Seli_vallavalitsus_Parnumaal, lk 27
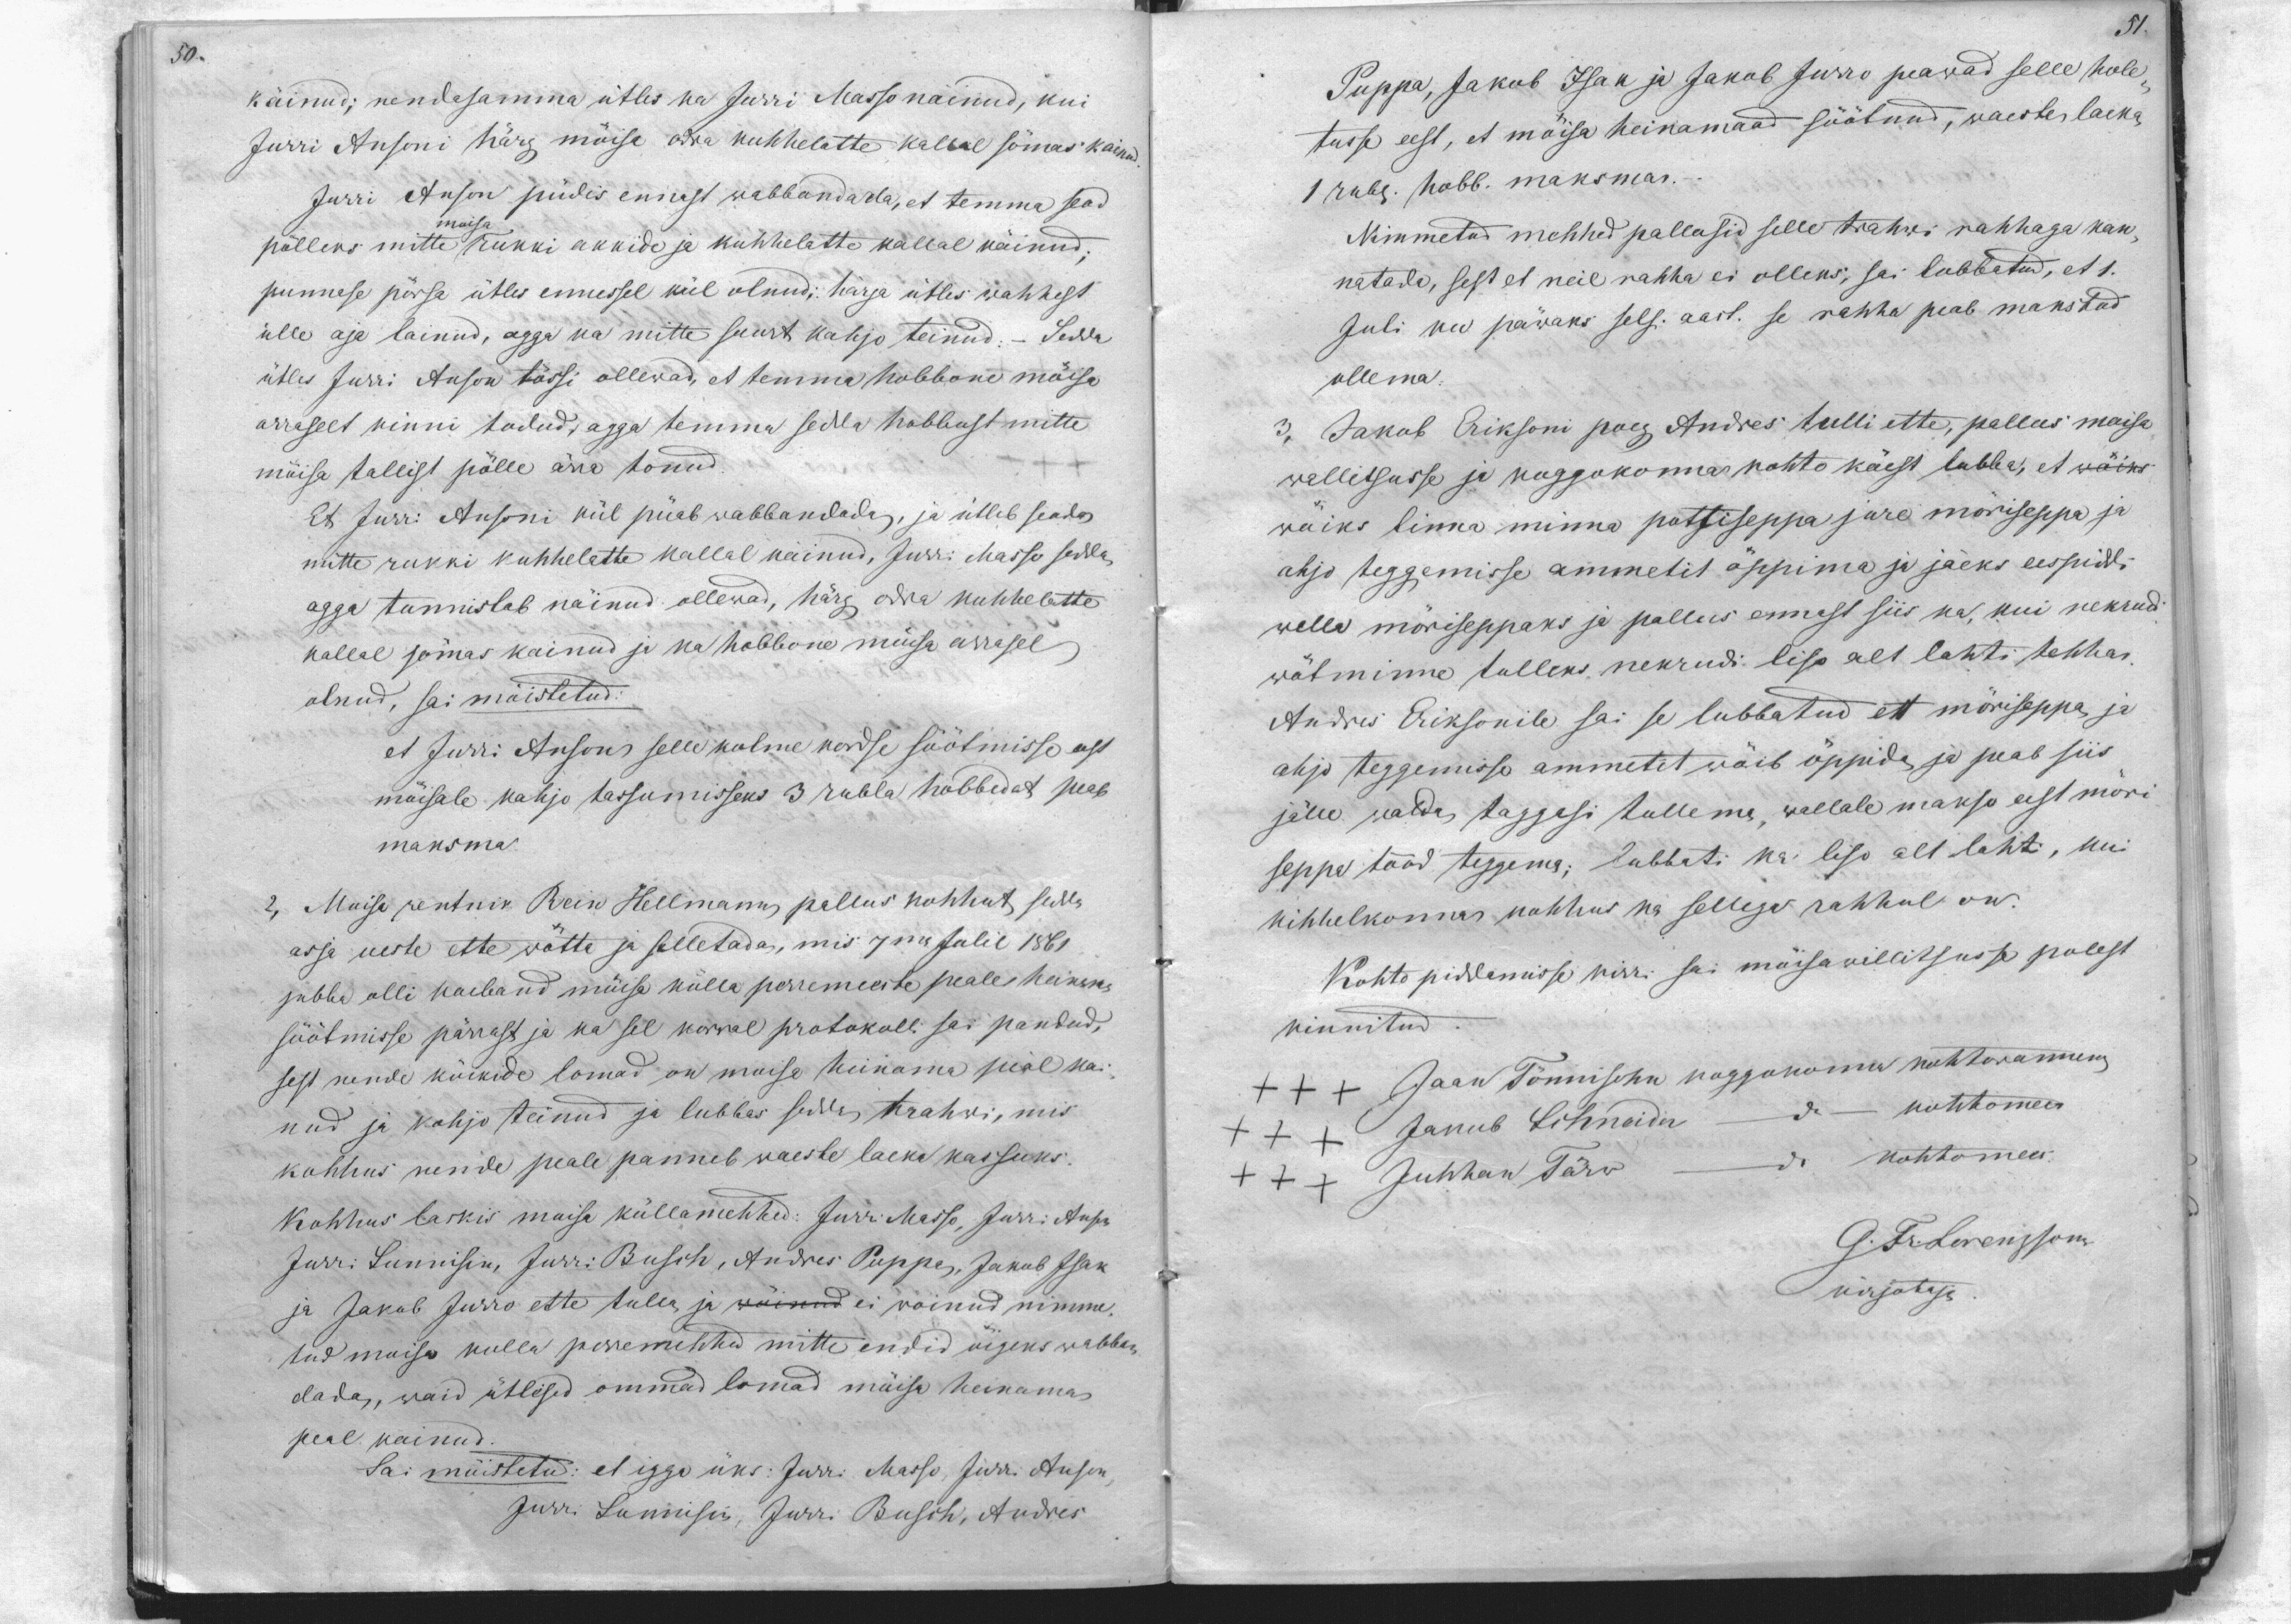
51.

50.

käinud; nendesamma ütles ka Jurri Masso nainud, kui
Jurri Ansoni härg möisa odra kuhhelatte kallal sömas kainud
Jurri Anson püdis ennast wabbandada, et temma sead
pölleks mitte rukki akkide ja kuhhelatte kallal käinud,
moisa
punnese pössa ütles ennessel kül olnud, härga ütles wahhest
ülle aja läinud, agga ka mitte suurt kahjo teinud.- Sedda
ütles Jurri Anson tössi ollewad, et temma hobbone möisa
arraselt kinni todud, agga temma sedda hobbust mitte
möisa tallist pölle ärra tonud.
Et Jurri Ansoni kül püab wabbandada, ja ütleb seada
mitte rukki kuhhelatte kallal käinud, Jurri Masso sedda,
agga tunnistab näinud ollewad, härg odra kuhhelatte
kallal sömas kainud ja ka hobbone möisa arrasel
olnud, sai möistetud:
et Jurri Anson selle kolme kordse söötmisse eest
möisale kahjo tassumisseks 3 rubla hobbedat peab
maksma.
2, Moisa rentnik Rein Hellmann, pallus kohhut, sedda
asja ueste ette wötta ja selletada, mis 7mal Julil 1861
jubba olli kaeband möisa külla perremeeste peale heinsas
söötmisse pärrast ja ka sel korral protokolli sai pandud,
sest nende kõikide lomad on moisa heinama peäl kai-
nud ja kahjo teinud ja lubbas sedda trahwi, mis
kohhus nende peale pannub waeste laeka kassuks.
Kohhus laskis moisa küllamehhed: Jurri Masso, Jurri Ansm
Jurri Sunnisen, Jurri Busch, Andres Puppa, Jakob Isak
ja Jakob Jurro ette tulla ja wöinud ei wöinud nimme-
tud moisa kulla peremehhed mitte endid öigeks wabban
dada, waid ütlised ommad lomad möisa heinama
peal käinud
Sai möistetud: et igga üks: Jurri Masso, Jurri Anson,
Jurri Sunnisin, Jurri Busch, Andres

Puppa, Jakob Isak ja Jakob Jurro peawad selle hole-
tusse eest, et möisa heinamaad söötnud, waeste laeka
1 rub. hobb. maksma.
Nimmetud mehhed pallusid selle trahwi rahhaga kan-
natada, sest et neil rahha ei olleks, sai lubbatud, et 1.
Juli ku päwaks selsi aast. se rahha peab makstud
ollema.
3, Jakob Eriksoni poeg Andres tulli ette, pallus moisa
wallitsusse ja koggokonna kohto käest lubba, et wöiks
wöiks linna minna pottiseppa jure möriseppa ja
ahjo teggemisse ammetit öppima ja jääks eespiddi
walla möriseppaks ja pallus ennast siis ka, kui nekrud
wötminne tulleks nekrudi liso alt lahti tehha.
Andres Eriksonile sai se lubbatud et möriseppa ja
ahjo teggemisse ammetet wöib öppida ja peab siis
jälle walda taggasi tullema, wallale makso eest möri-
seppa tööd teggema; lubbati ka liso alt lahti, kui
kihhelkonna kohhus ka sellega rahhul on.
Kohto piddamisse kirri sai möisawallitsusse polest
kinnitud.
xxx Jaan Tönnisohn koggokonna kohtowannem
do kohtomees
+++ Jakob Schneider
xxx Juhhan Törw - do kohtomees.
G. Fr. Lorenzson
kirjotaja